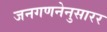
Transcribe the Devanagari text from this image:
जनगणनेनुसारर